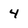
Character: 4